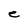
Character: e